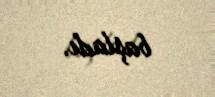
başladı.